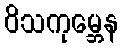
ဝိသကုမ္ဘေန